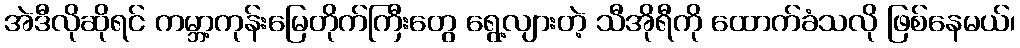
အဲဒီလိုဆိုရင် ကမ္ဘာ့ကုန်းမြေတိုက်ကြီးတွေ ရွေ့လျားတဲ့ သီအိုရီကို ထောက်ခံသလို ဖြစ်နေမယ်၊